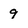
Character: 9